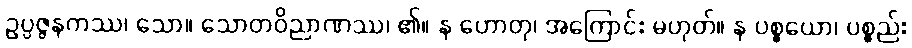
ဥပ္ပဇ္ဇနကဿ၊ သော။ သောတဝိညာဏဿ၊ ၏။ န ဟောတု၊ အကြောင်း မဟုတ်။ န ပစ္စယော၊ ပစ္စည်း